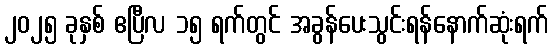
၂၀၂၅ ခုနှစ် ဧပြီလ ၁၅ ရက်တွင် အခွန်ပေးသွင်းရန်နောက်ဆုံးရက်